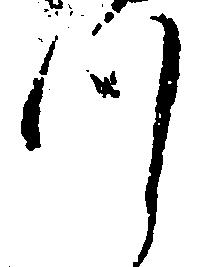
つ